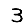
Digit: 3